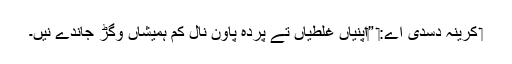
‏ کرینہ دسدی اے:‏ ”‏اپنیاں غلطیاں تے پردہ پاؤن نال کم ہمیشاں وِگڑ جاندے نیں۔